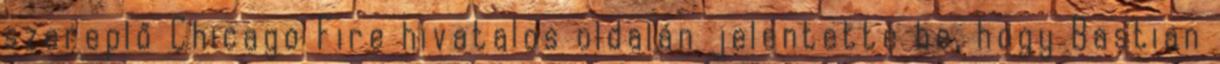
szereplő Chicago Fire hivatalos oldalán jelentette be, hogy Bastian